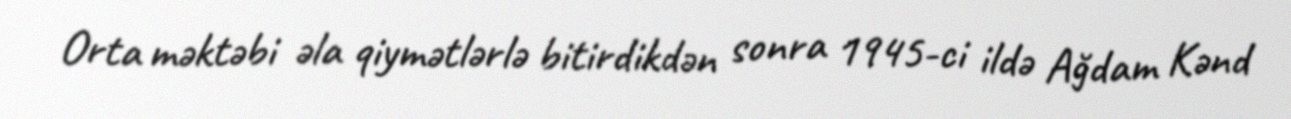
Orta məktəbi əla qiymətlərlə bitirdikdən sonra 1945-ci ildə Ağdam Kənd